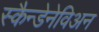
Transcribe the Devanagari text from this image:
स्कैन्डेनेविअन